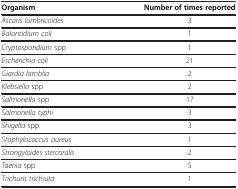
| Organism | Number of times reported |
 | --- | --- |
 | Ascaris lumbricoides | 3 |
 | Balantidium coli | 1 |
 | Cryptosporidium spp | 1 |
 | Escherichia coli | 21 |
 | Giardia lamblia | 2 |
 | Klebsiella spp | 2 |
 | Salmonella spp | 17 |
 | Salmonella typhi | 3 |
 | Shigella spp | 3 |
 | Staphylococcus aureus | 1 |
 | Strongyloides stercoralis | 2 |
 | Taenia spp | 5 |
 | Trichuris trichiura | 1 |